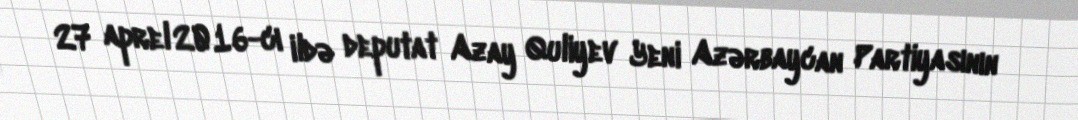
27 aprel 2016-cı ildə deputat Azay Quliyev Yeni Azərbaycan Partiyasının